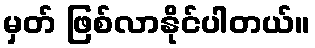
မှတ် ဖြစ်လာနိုင်ပါတယ်။